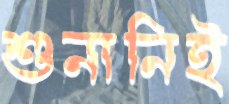
শুনানিই